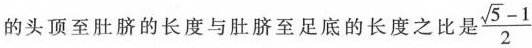
的头顶至肚脐的长度与肚脐至足底的长度之比是$$\frac { \sqrt { 5 } - 1 } { 2 }$$